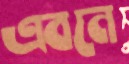
এবনে